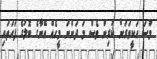
މޫސަ އަކީވަރަށް ކުރިން ވެސް މަ ދަންނަ މީހެއް އޭނާގެ ބޮލުގެ ފަހަތަައި